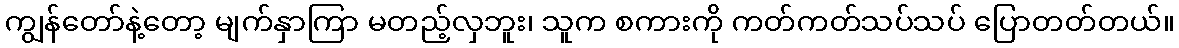
ကျွန်တော်နဲ့တော့ မျက်နှာကြာ မတည့်လှဘူး၊ သူက စကားကို ကတ်ကတ်သပ်သပ် ပြောတတ်တယ်။